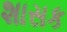
શાસક